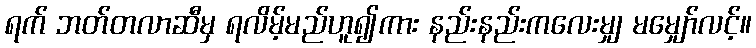
ရက် ဘတ်တလာဆီမှ ရလိမ့်မည်ဟူ၍ကား နည်းနည်းကလေးမျှ မမျှော်လင့်။